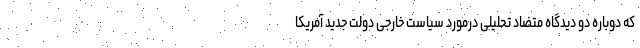
که دوباره دو دیدگاه متضاد تحلیلی درمورد سیاست خارجی دولت جدید آمریکا